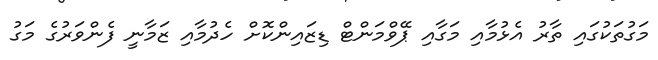
މަގުތަކުގައި ތާރު އެޅުމާއި މަގާއި ޕޭވްމަންޓް ޑިޒައިންކޮށް ހެދުމާއި ޒަމާނީ ފެންވަރުގެ މަގު